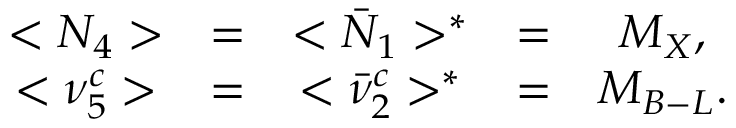
\begin{array} { c c c c c } { { < N _ { 4 } > } } & { { = } } & { { < \bar { N } _ { 1 } > ^ { * } } } & { { = } } & { { M _ { X } , } } \\ { { < \nu _ { 5 } ^ { c } > } } & { { = } } & { { < \bar { \nu } _ { 2 } ^ { c } > ^ { * } } } & { { = } } & { { M _ { B - L } . } } \end{array}